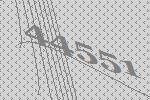
44551